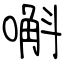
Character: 嘝